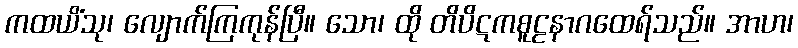
ကထယိံသု၊ လျောက်ကြကုန်ပြီ။ သော၊ ထို တိပိဋကစူဠနာဂထေရ်သည်။ အာဟ၊